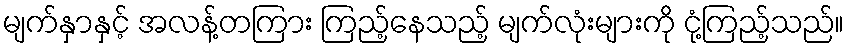
မျက်နှာနှင့် အလန့်တကြား ကြည့်နေသည့် မျက်လုံးများကို ငုံ့ကြည့်သည်။